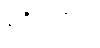
မရှိပါဘူး။